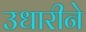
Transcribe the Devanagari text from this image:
उधारीने